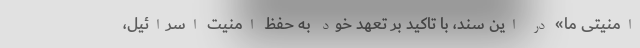
امنیتی ما» در این سند، با تاکید بر تعهد خود به حفظ امنیت اسرائیل،